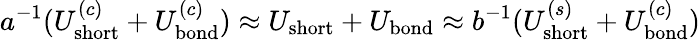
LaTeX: a^{-1}(U_{\mathrm{short}}^{(c)}+U_{\mathrm{bond}}^{(c)})\approx U_{\mathrm{short}}+U_{\mathrm{bond}}\approx b^{-1}(U_{\mathrm{short}}^{(s)}+U_{\mathrm{bond}}^{(c)})